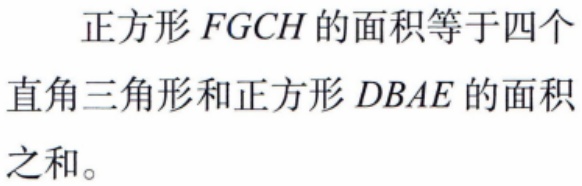
正方形\(FGCH\)的面积等于四个直角三角形和正方形\(DBAE\)的面积之和。